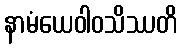
နာမံယေဝါဝသိဿတိ